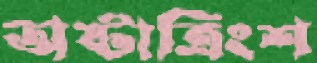
অষ্টাত্রিংশ